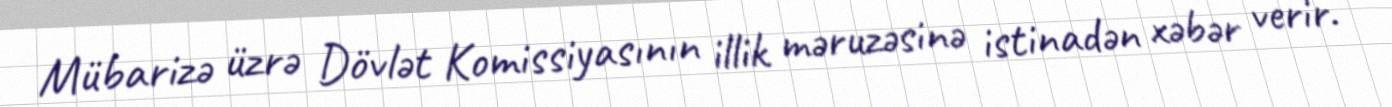
Mübarizə üzrə Dövlət Komissiyasının illik məruzəsinə istinadən xəbər verir.